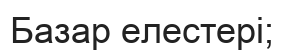
Базар елестері;